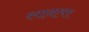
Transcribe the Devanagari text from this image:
रयानएयर